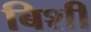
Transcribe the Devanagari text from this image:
बिशी